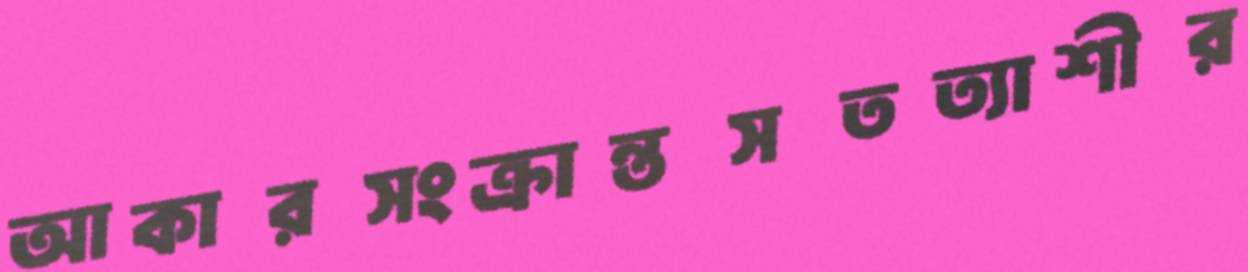
আকারসংক্রান্তসতত্যাশীর